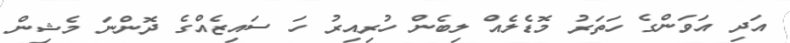
އަދި އަވަންގެ ހަތަރު މޮޑެލެއް ލިބެން ހުރިއިރު ހަ ސައިޒެއްގެ ދޮންނަ މެޝިން